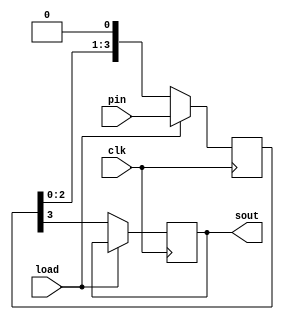
module piso(clk,pin,sout,load); 
input [3:0] pin; 
input clk,load;

output reg sout ; 
reg [3:0] temp =0; 

always @(posedge clk)
begin 
if(load)
temp <= pin ; 
else 
begin
sout <= temp[3];
temp <= {temp[2:0],1'b0};
end
end
endmodule